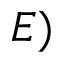
E )